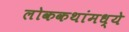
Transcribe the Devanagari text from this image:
लोककथांमध्ये